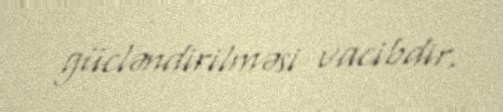
gücləndirilməsi vacibdir.